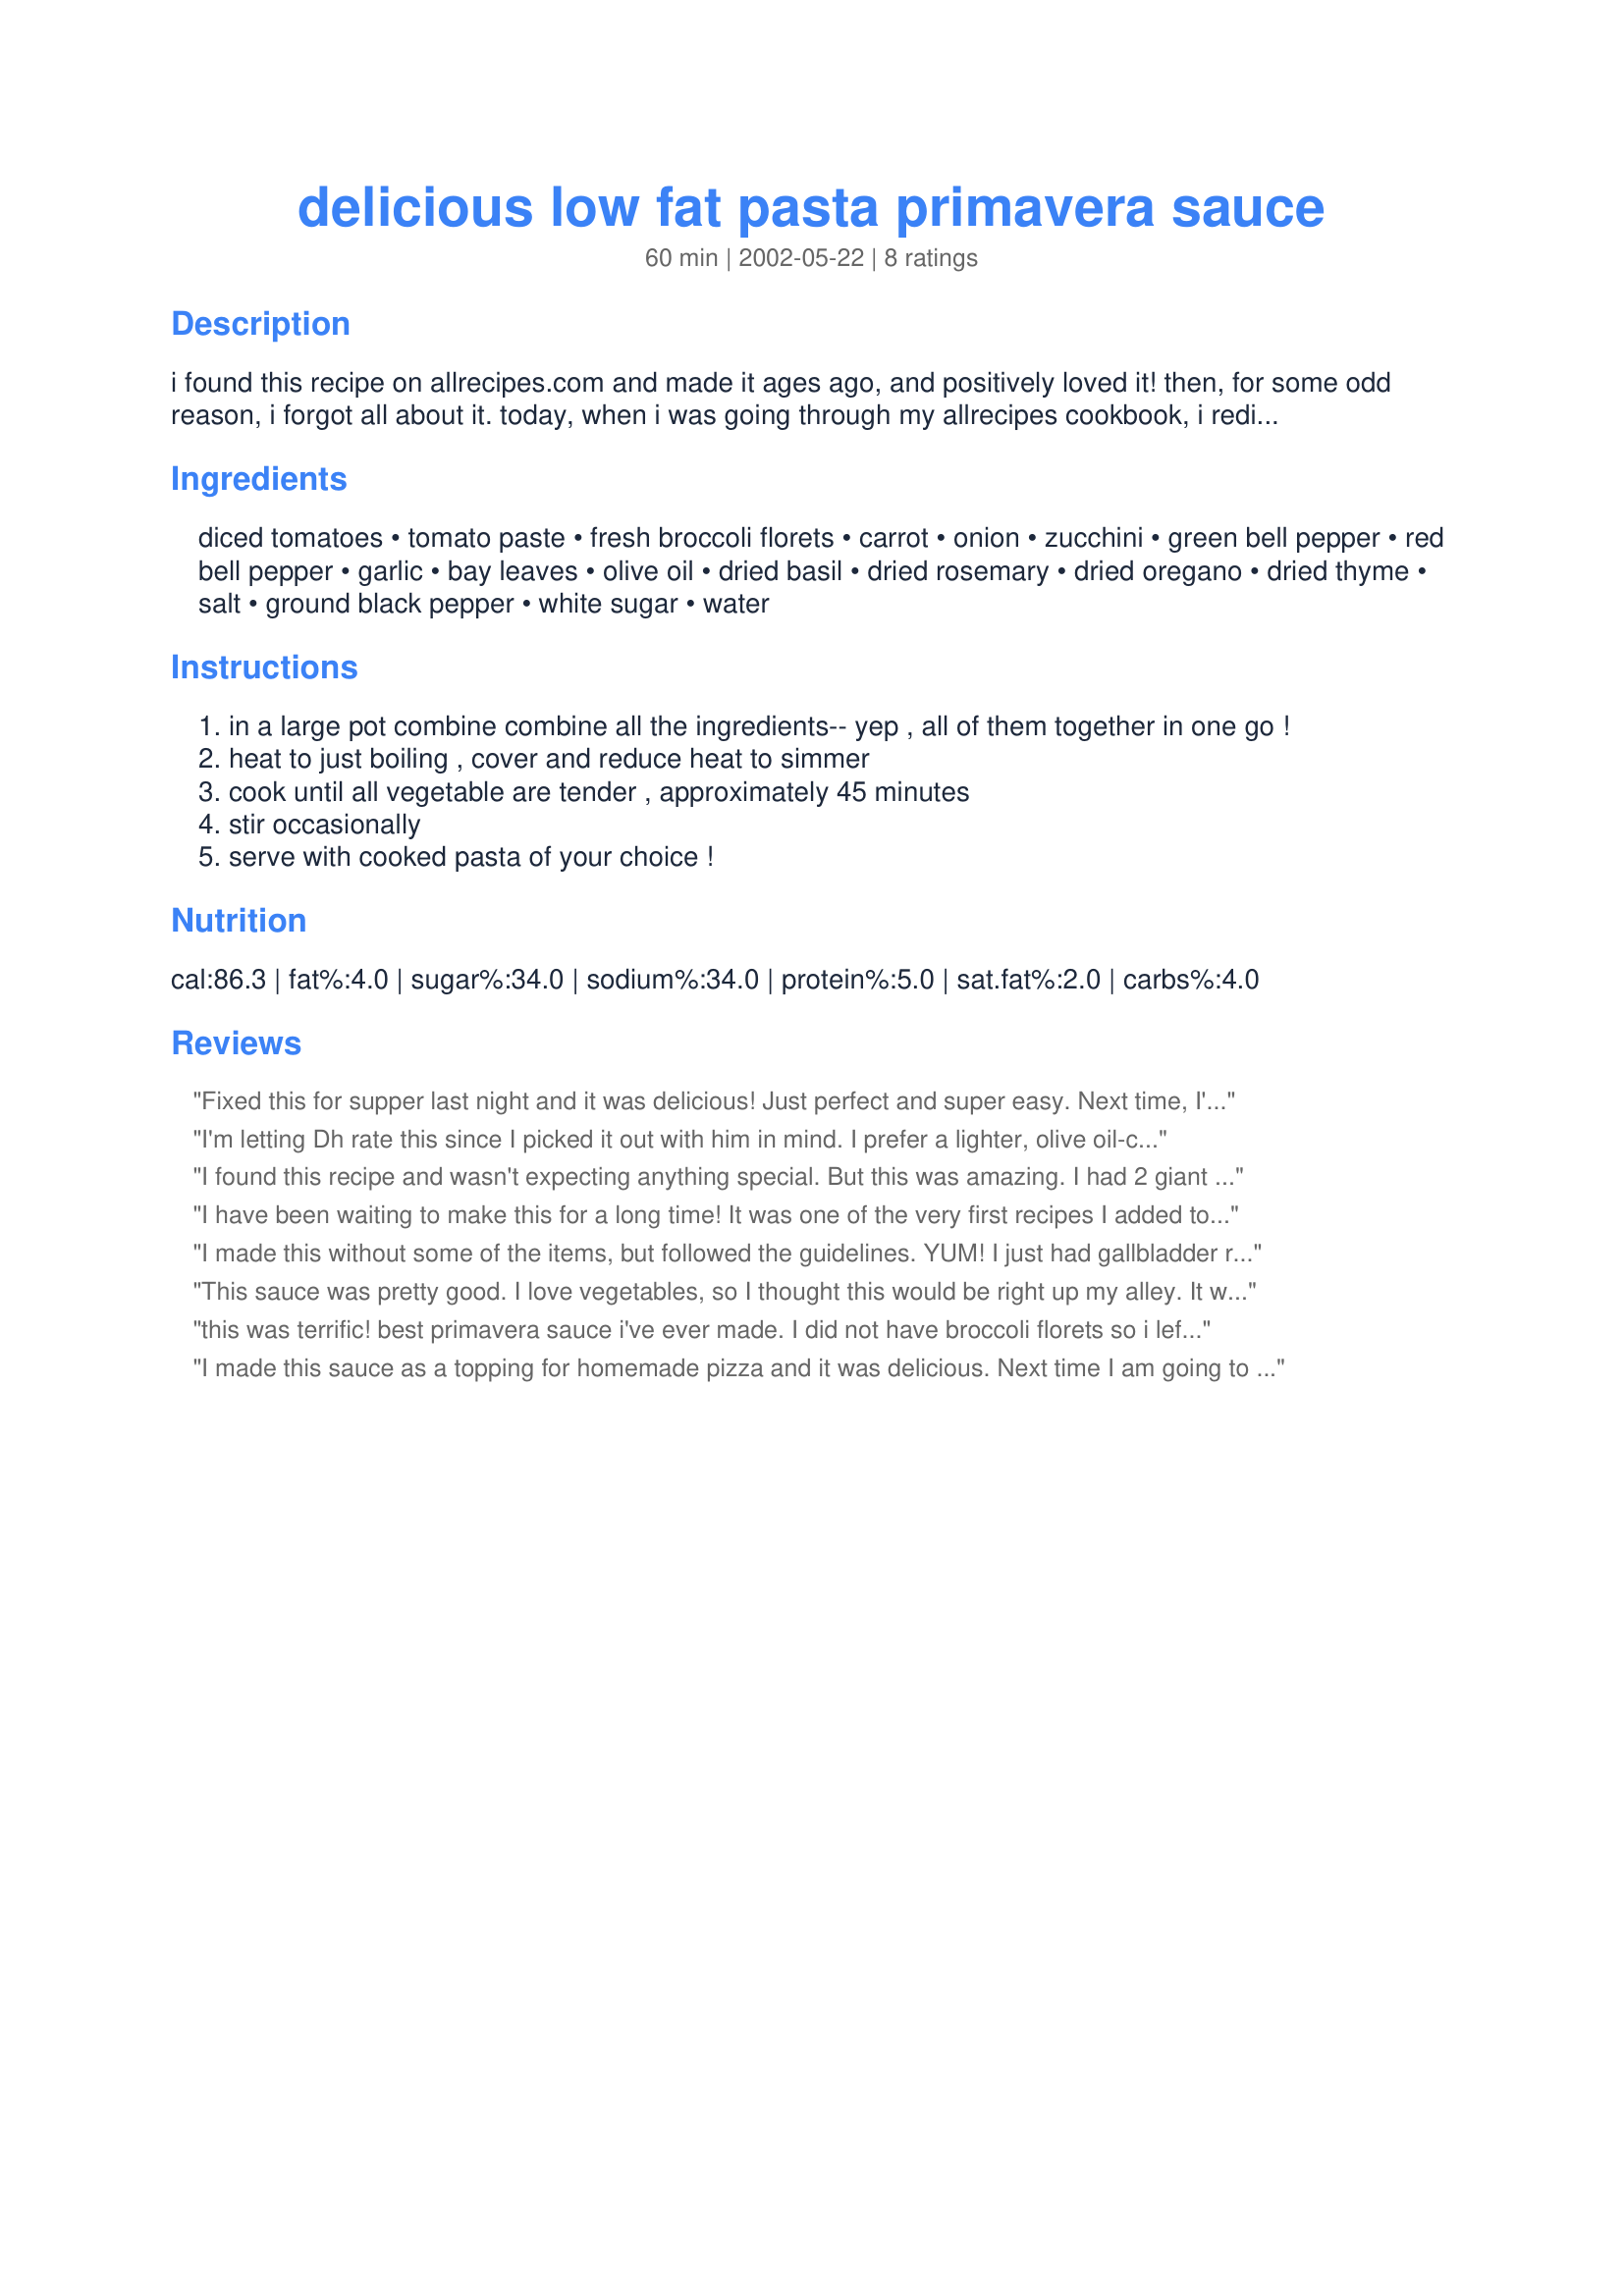
delicious low fat pasta primavera sauce
Preparation time: 60 minutes

i found this recipe on allrecipes.com and made it ages ago, and positively loved it! then, for some odd reason, i forgot all about it. today, when i was going through my allrecipes cookbook, i rediscovered it, and just had to post it here. you gotta try this... it's definitely worth all that chopping!

Ingredients:
diced tomatoes, tomato paste, fresh broccoli florets, carrot, onion, zucchini, green bell pepper, red bell pepper, garlic, bay leaves, olive oil, dried basil, dried rosemary, dried oregano, dried thyme, salt, ground black pepper, white sugar, water

Steps:
in a large pot combine combine all the ingredients-- yep , all of them together in one go !
heat to just boiling , cover and reduce heat to simmer
cook until all vegetable are tender , approximately 45 minutes
stir occasionally
serve with cooked pasta of your choice !

Reviews:
Fixed this for supper last night and it was delicious! Just perfect and super easy. Next time, I'll add in mushrooms....only because we love mushrooms.
I'm letting Dh rate this since I picked it out with him in mind. I prefer a lighter, olive oil-crunchie vegetables pasta primavera. I was right. He really liked this. So if you've got a guy who likes spaghetti and thinks the ususal pasta primavera is just plain silly, try this. I'll bet he gobbles it.
I found this recipe and wasn't expecting anything special. But this was amazing. I had 2 giant helpings and my fiance, who is not thrilled about Pasta Primavera, ate all of his and half of mine!
I have been waiting to make this for a long time! It was one of the very first recipes I added to my cookbook! It was very good- I omitted the olive oil, and only used a teaspoon of salt, rather than 1 1/2 teaspoon. Also, I didn't have fresh garlic, so I used 1/4 of a teaspoon of garlic powder (It said that 1/4 tsp=2 cloves garlic). I used a vidalia onion as well, which is a sweet onion. This wonderful pasta sauce was really not hard to make- and such a nice change from jarred sauces I buy at the store. I love the vegetables! I will be making this again! Thanks for sharing!
I made this without some of the items, but followed the guidelines. YUM! I just had gallbladder removal surgery and wanted something flavorful, but low fat. I omitted the oil. I seasoned to taste. I reduced with Pinot Noir for added flavor profile. I used up the veggies I had in my fridge and used frozen veggies I had packed myself from the farm.&lt;br/&gt;I did not have basil or rosemary, but will definitely get some for the next batch I make. This totally hit the spot and met the stinky &quot;low-fat&quot; dietary restriction I have placed on me for the next 3 weeks while my body recovers.&lt;br/&gt;Highly recommend and I hope you enjoy :)
This sauce was pretty good. I love vegetables, so I thought this would be right up my alley. It was loaded with delicious veggies, which is always a plus! However, having followed the recipe's cook times, the vegetables seemed a little over-cooked; like sugarpea, I, too, prefer a crunchier, more authentic vegetable taste in my sauces. Still, I enjoyed this over my whole-wheat pasta. Thank you for sharing!
this was terrific! best primavera sauce i've ever made. I did not have broccoli florets so i left them out and bumped up the carrots to 1 full cup. I also did not have tomato paste, just tomato sauce. So, I omitted the extra water. i served it over penne pasta noodles.
I made this sauce as a topping for homemade pizza and it was delicious. Next time I am going to try using fresh herbs instead of dried, but the recipe is very good as written. I think it would be excellent over gnocchi as well!
